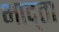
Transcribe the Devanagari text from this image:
भाद्ता